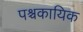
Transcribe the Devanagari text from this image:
पश्चकायिक